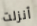
أنزلت